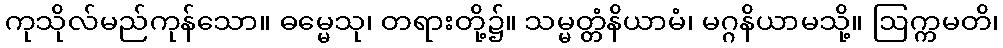
ကုသိုလ်မည်ကုန်သော။ ဓမ္မေသု၊ တရားတို့၌။ သမ္မတ္တံနိယာမံ၊ မဂ္ဂနိယာမသို့။ ဩက္ကမတိ၊